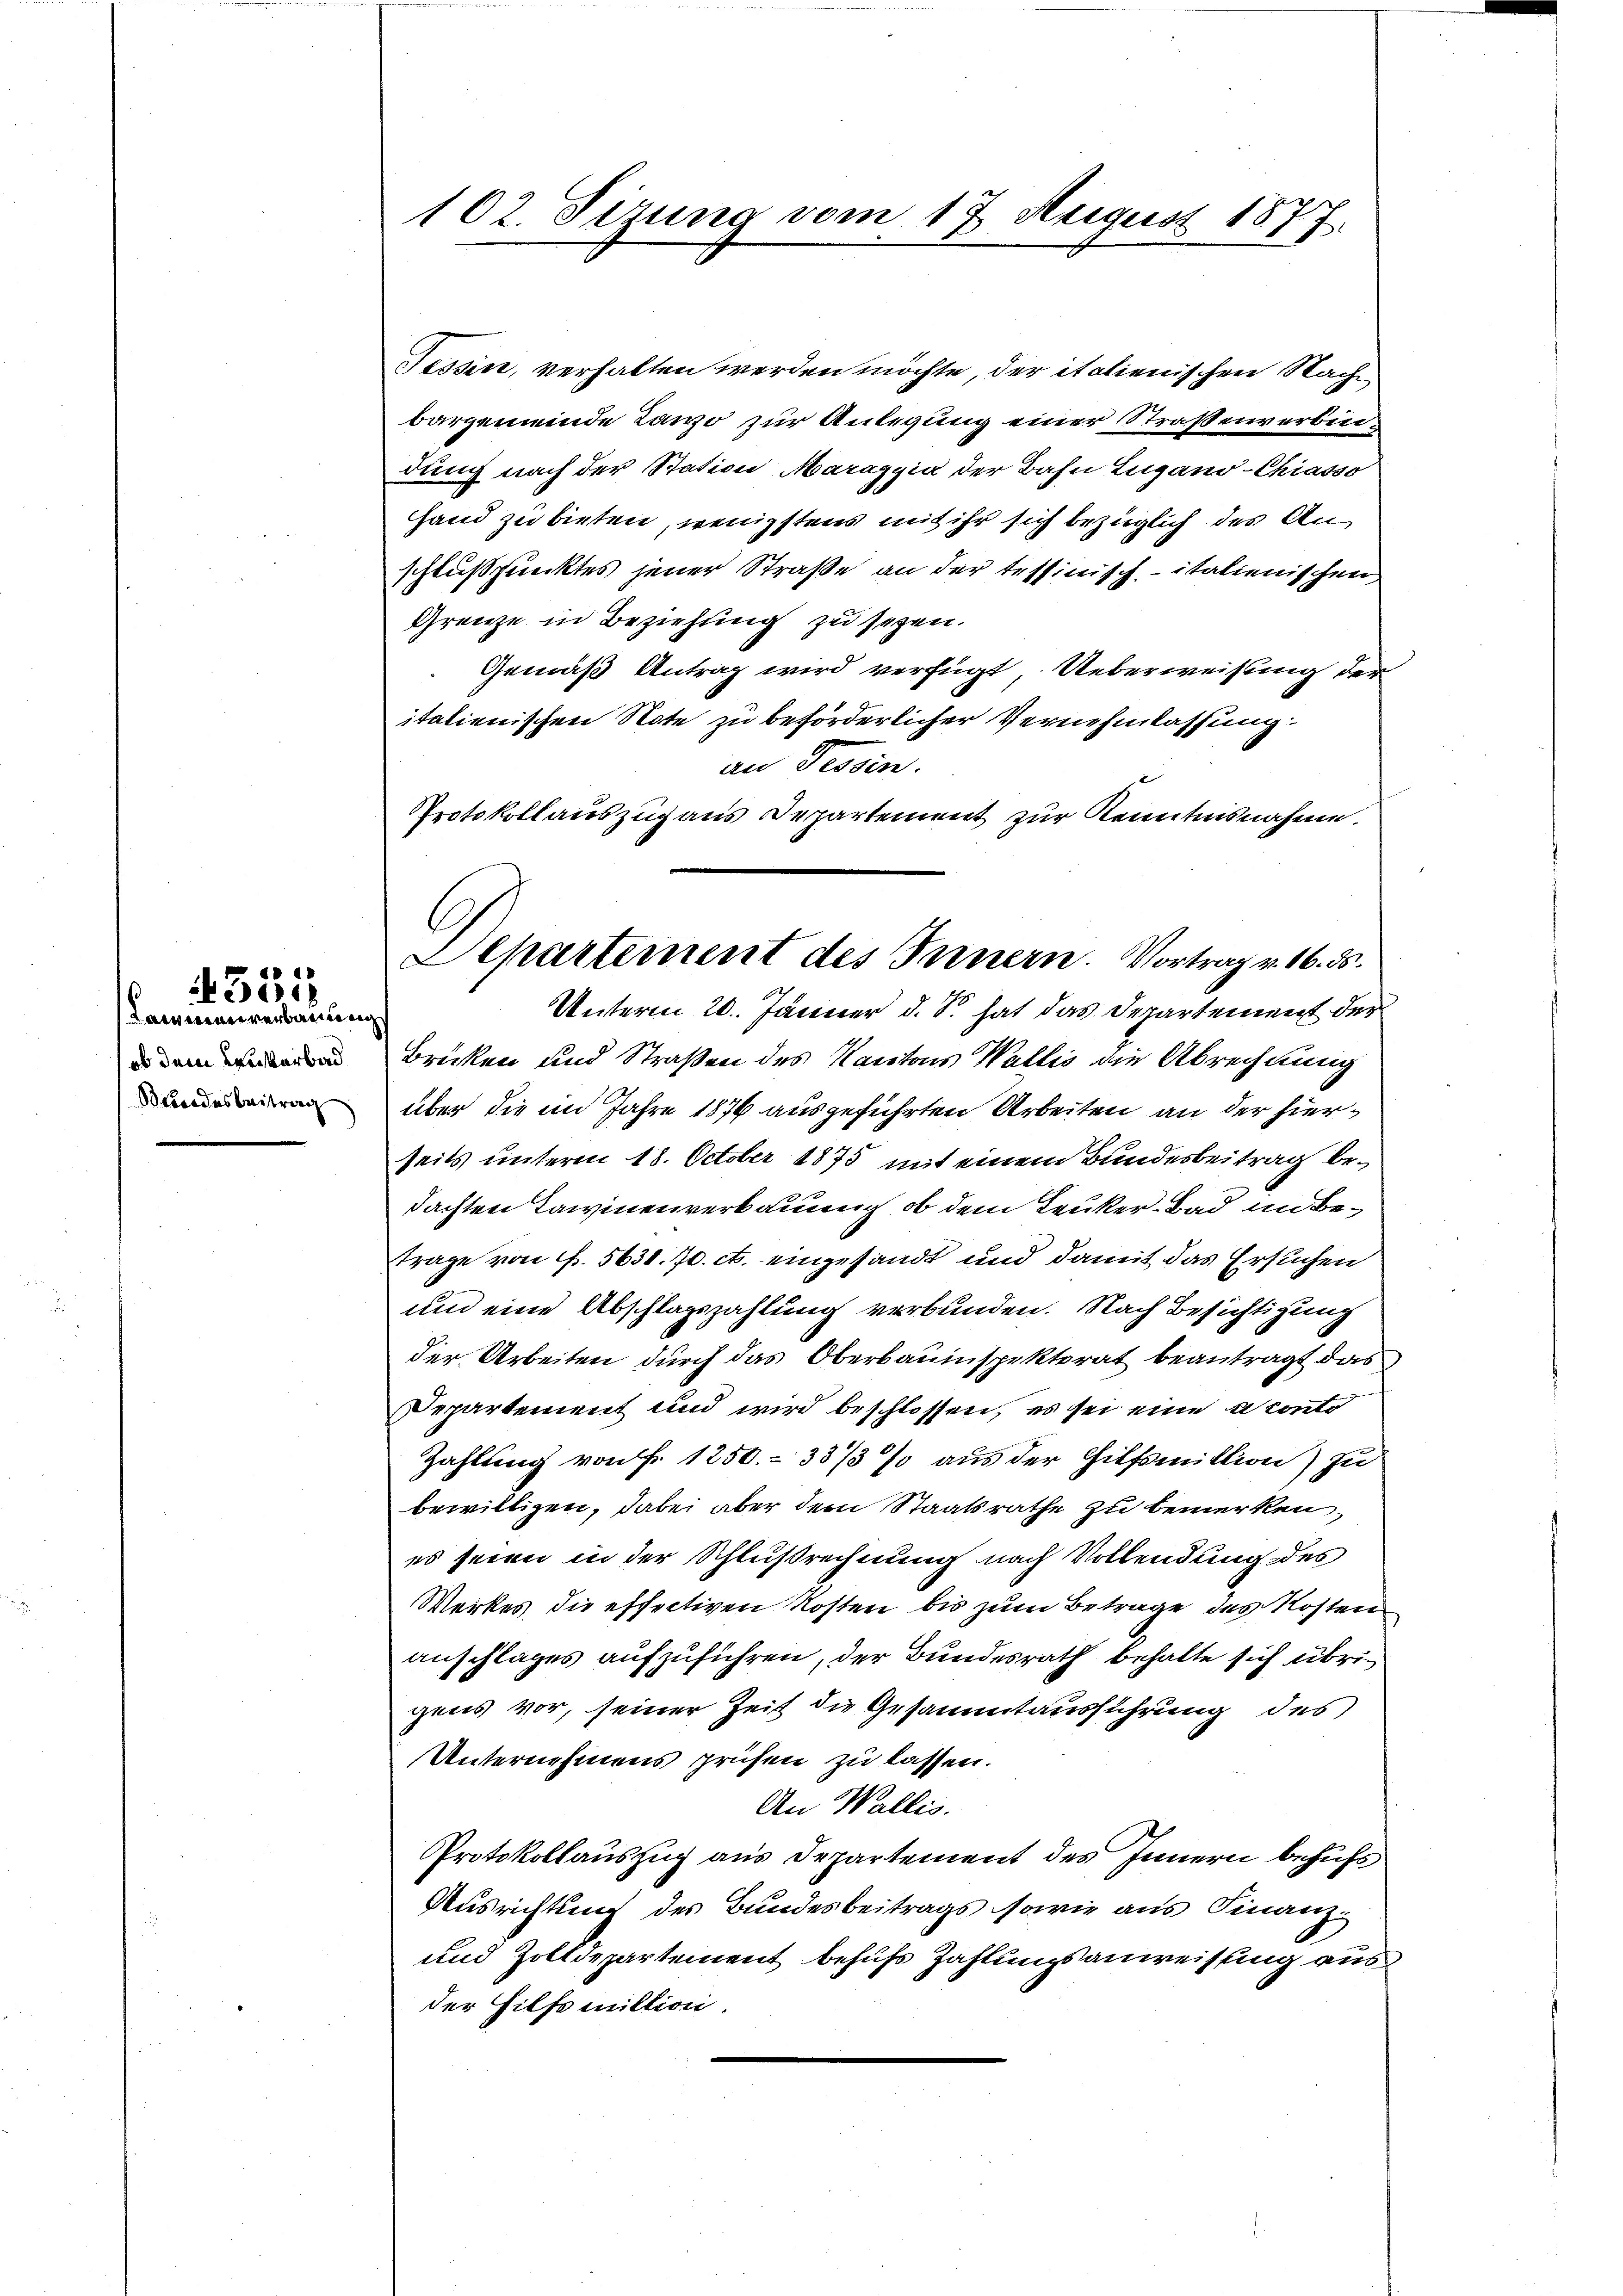
t
e

Kammen verbauung
ob dem Leukerbad
Bundesbeitrag

102. Sizung vom 17. August 1877.

Departement des Innern. Vortrag v. 16. ds.
Unterm 20. Jänner d. S. hat das Departement der

Tessin, verhalten werden möchte, der italienischen Nach
bargemeinde Tawo zur Anlegung einer Straßenverbindung nach der Station Maraggia der Bahn Lugano-Chiasso
Hand zu bieten, wenigstens mit ihr sich bezüglich des Anschlußpunktes jener Straße an der tessinisch-italienischen
Grenze in Beziehung zu seyen.
Gemäß Antrag wird verfügt. Ueberweisung der
italienischen Note zu beförderlicher Vernehmlassung
an Tessin.
Protokollauszug aus Departement zur Kenntnisnahme.

Brücken und Straßen des Kantons Wallis die Abrechnung
über die im Jahre 1876 ausgeführten Arbeiten an der hierseits unterm 18. October 1875 mit einem Bundesbeitrag bedachten Tawinenverbauung, ob dem Leuker- Bad in Betrage von f. 5630. 70. c. eingesandt und damit das Ersuchen
und eine Abschlagszahlung verbunden. Nach Besichtigung
der Arbeiten durch das Oberbauinspektorat beantragt das
Departement und wird beschlossen, es sei eine a conto
Zahlung von Fr. 1250.- 33/3 % aus der Hilfsmittion) zu
bewilligen, dabei aber dem Staatsrathe zu bemerken,
es seien in der Schlußrechnung nach Vollendung des
Werkes die effectiven Kosten bis zum Betrage des Kosten
anschlages aufzuführen, der Bundesrath behalte sich übrigens vor, seiner Zeit die Gesammtausführung des
Unternehmens prüfen zu lassen.
An Wallis.
Protokollauszug aus Departement des Innern behufs
Ausrichtung des Bundesbeitrags sowie aus Finanz¬
und Zolldepartement behufs Zahlungsanweisung ausder Hilfsmillion.